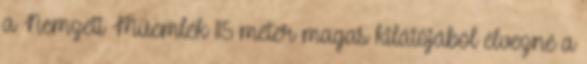
a Nemzeti Műemlék 115 méter magas kilátójából élvezné a